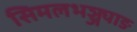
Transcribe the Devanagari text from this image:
सिमलभञ्ज्याङ